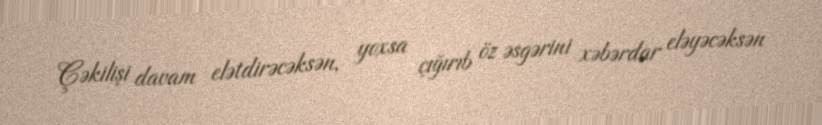
Çəkilişi davam elətdirəcəksən, yoxsa çığırıb öz əsgərini xəbərdar eləyəcəksən